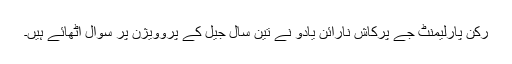
رکن پارلیمنٹ جے پرکاش نارائن یادو نے تین سال جیل کے پروویژن پر سوال اٹھائے ہیں۔